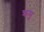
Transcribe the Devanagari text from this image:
क्रमु